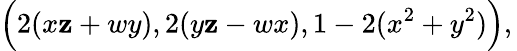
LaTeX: {\Big(}2(x\mathbf{z}+wy),2(y\mathbf{z}-wx),1-2(x^{2}+y^{2}){\Big)},\,